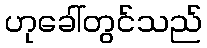
ဟုခေါ်တွင်သည်